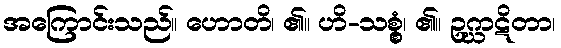
အကြောင်းသည်။ ဟောတိ၊ ၏။ ဟိ-သစ္စွံ၊ ၏။ ဥဂ္ဃာဋိတာ၊